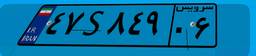
۲۴S۸۳۸۲۳